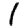
Digit: 1